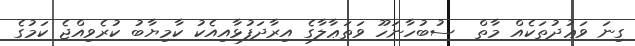
ގިނަ ވަޢުދުތަކެއް މާތް  ސުބުހާނަހޫ ވަތަޢާލާގެ އިރާދަފުޅާއިއެކު ކާމިޔާބު ކުރެވިއްޖެ ކަމުގެ